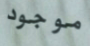
موجود